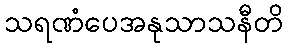
သရဏံပေအနုသာသနီတိ